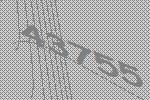
43755